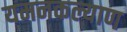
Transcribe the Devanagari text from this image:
यमनकल्याण